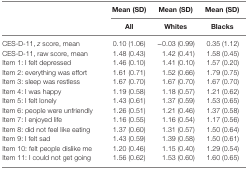
<table><thead><tr><td rowspan="3"></td><td><b>Mean (SD)</b></td><td><b>Mean (SD)</b></td><td><b>Mean (SD)</b></td></tr><tr><td><b>All</b></td><td><b>Whites</b></td><td><b>Blacks</b></td></tr></thead><tbody><tr><td>CES-D-11, <i>z</i> score, mean</td><td>0.10 (1.06)</td><td>−0.03 (0.99)</td><td>0.35 (1.12)</td></tr><tr><td>CES-D-11, raw score, mean</td><td>1.48 (0.43)</td><td>1.42 (0.41)</td><td>1.58 (0.45)</td></tr><tr><td>Item 1: I felt depressed</td><td>1.46 (0.10)</td><td>1.41 (0.10)</td><td>1.57 (0.20)</td></tr><tr><td>Item 2: everything was effort</td><td>1.61 (0.71)</td><td>1.52 (0.66)</td><td>1.79 (0.75)</td></tr><tr><td>Item 3: sleep was restless</td><td>1.67 (0.70)</td><td>1.67 (0.70)</td><td>1.67 (0.70)</td></tr><tr><td>Item 4: I was happy</td><td>1.19 (0.58)</td><td>1.18 (0.57)</td><td>1.21 (0.62)</td></tr><tr><td>Item 5: I felt lonely</td><td>1.43 (0.61)</td><td>1.37 (0.59)</td><td>1.53 (0.65)</td></tr><tr><td>Item 6: people were unfriendly</td><td>1.26 (0.51)</td><td>1.21 (0.46)</td><td>1.37 (0.58)</td></tr><tr><td>Item 7: I enjoyed life</td><td>1.16 (0.55)</td><td>1.16 (0.54)</td><td>1.17 (0.56)</td></tr><tr><td>Item 8: did not feel like eating</td><td>1.37 (0.60)</td><td>1.31 (0.57)</td><td>1.50 (0.64)</td></tr><tr><td>Item 9: I felt sad</td><td>1.43 (0.59)</td><td>1.39 (0.58)</td><td>1.50 (0.61)</td></tr><tr><td>Item 10: felt people dislike me</td><td>1.20 (0.46)</td><td>1.15 (0.40)</td><td>1.29 (0.54)</td></tr><tr><td>Item 11: I could not get going</td><td>1.56 (0.62)</td><td>1.53 (0.60)</td><td>1.60 (0.65)</td></tr></tbody></table>